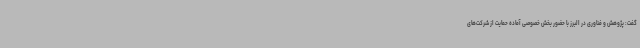
گفت: پژوهش و فناوری در البرز با حضور بخش خصوصی آماده حمایت از شرکت‌های